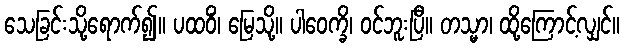
သေခြင်းသို့ရောက်၍။ ပထဝိံ၊ မြေသို့။ ပါဝေက္ခိ၊ ဝင်ဘူးပြီ။ တသ္မာ၊ ထို့ကြောင့်လျှင်။